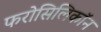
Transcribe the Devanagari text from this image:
फरोसिलिकॉन